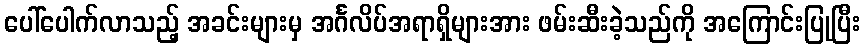
ပေါ်ပေါက်လာသည့် အခင်းများမှ အင်္ဂလိပ်အရာရှိများအား ဖမ်းဆီးခဲ့သည်ကို အကြောင်းပြုပြီး